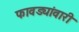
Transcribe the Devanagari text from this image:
फावड्यांवारी